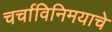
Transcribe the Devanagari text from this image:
चर्चाविनिमयाचे